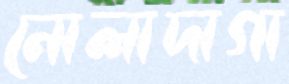
নোলাদাগা